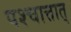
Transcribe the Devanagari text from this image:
पश्चात्तात्‌